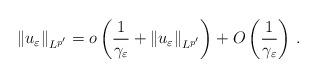
LaTeX: \begin{align*}\|u_\varepsilon\|_{L^{p'}}=o\left(\frac{1}{\gamma_\varepsilon}+\|u_\varepsilon\|_{L^{p'}}\right)+O\left(\frac{1}{\gamma_\varepsilon} \right)\,.\end{align*}